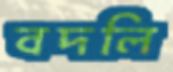
বদলি